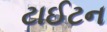
ટાઈટન